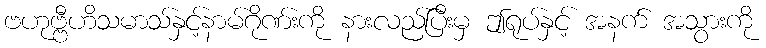
ဗဟုဗ္ဗီဟိသမာသ်နှင့်နာမ်ဂိုဏ်းကို နားလည်ပြီးမှ ဤရုပ်နှင့် အနက် အသွားကို